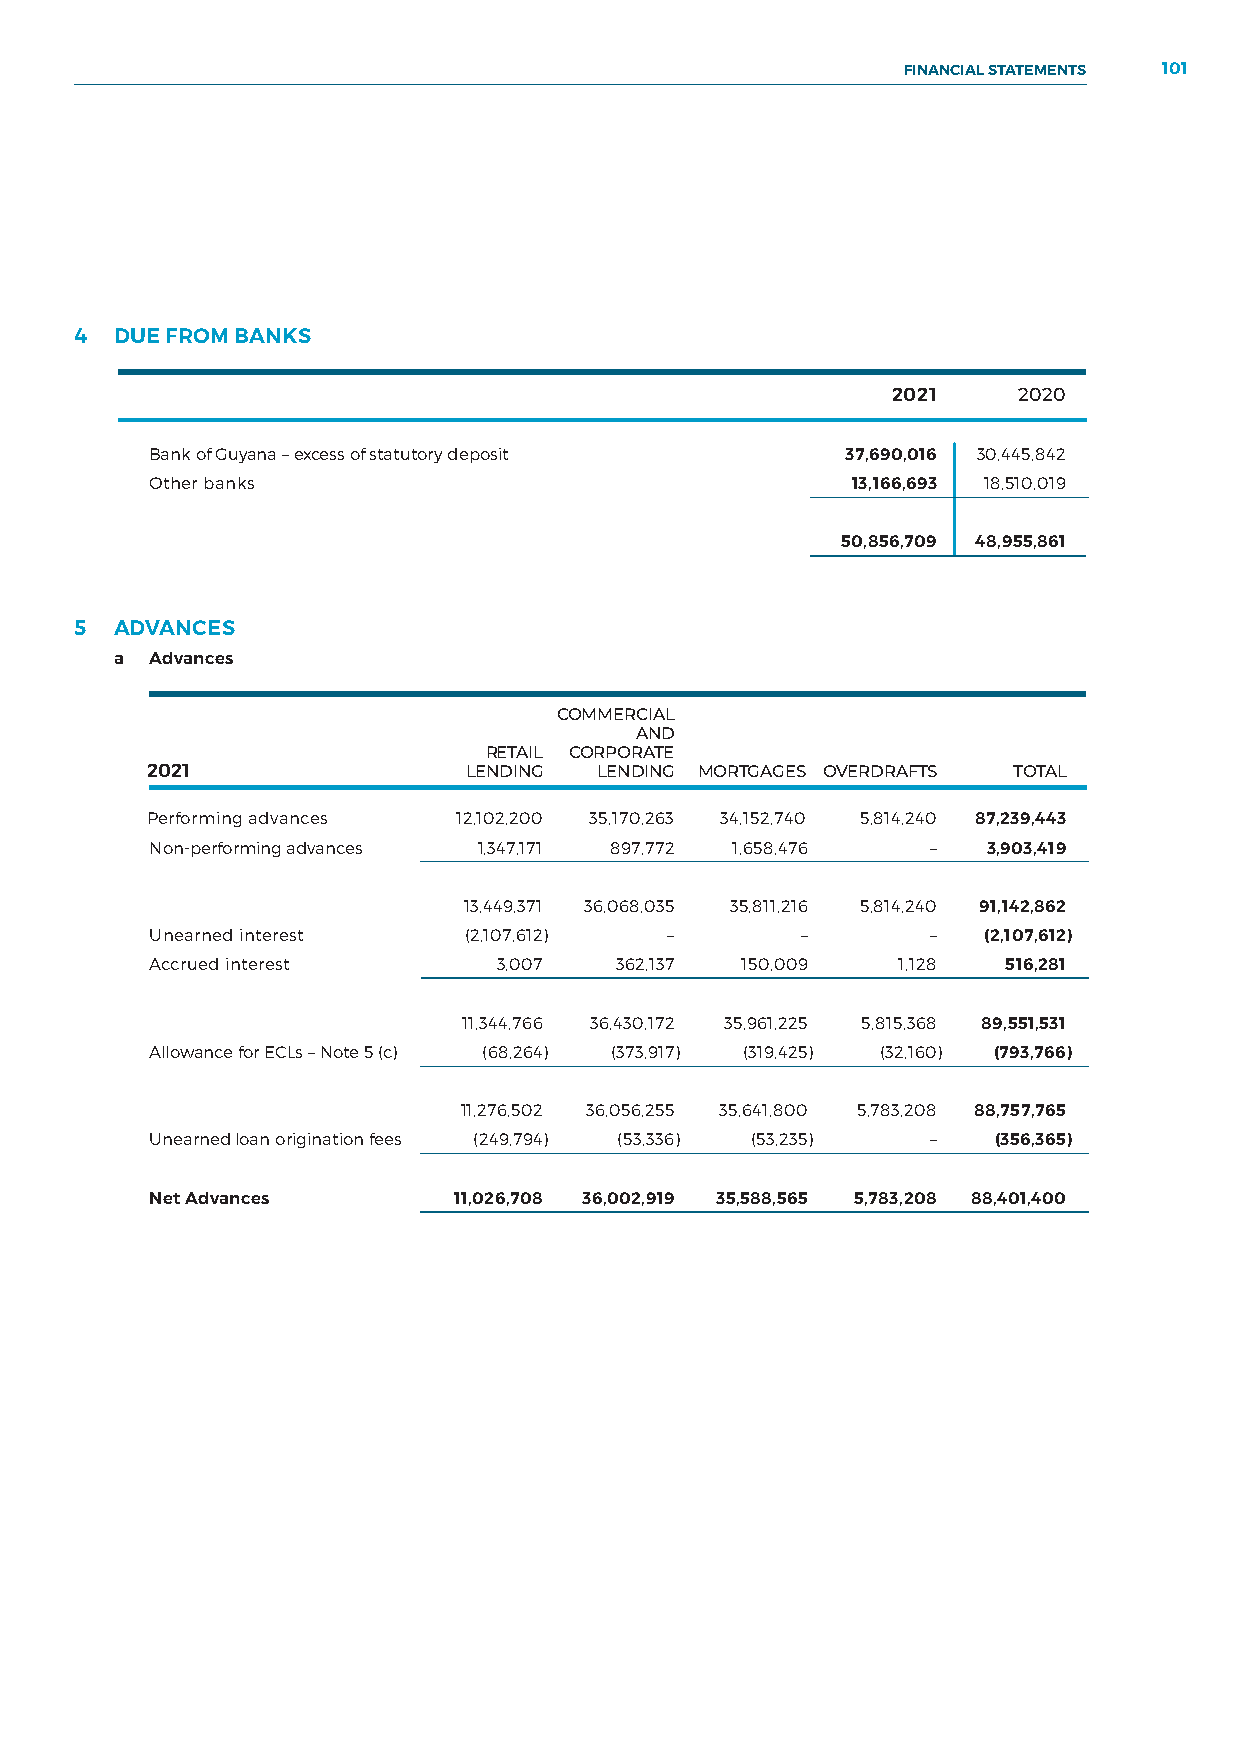
FINANCIAL STATEMENTS 101
 NOTES TO THE FINANCIAL STATEMENTS
 4  DUE FROM BANKS
 2021    2020
 Bank of Guyana – excess of statutory deposit  37,690,016 30,445,842
 Other banks                                   13,166,693 18,510,019
 50,856,709 48,955,861
 5  ADVANCES
 a Advances
 COMMERCIAL
 AND
 RETAIL CORPORATE
 2021                 LENDING  LENDING MORTGAGES OVERDRAFTS TOTAL
 Performing advances 12,102,200 35,170,263 34,152,740 5,814,240 87,239,443
 Non-performing advances 1,347,171 897,772 1,658,476 –  3,903,419
 13,449,371 36,068,035 35,811,216 5,814,240 91,142,862
 Unearned interest    (2,107,612)  –        –        –  (2,107,612)
 Accrued interest       3,007   362,137 150,009    1,128  516,281
 11,344,766 36,430,172 35,961,225 5,815,368 89,551,531
 Allowance for ECLs – Note 5 (c) (68,264) (373,917) (319,425) (32,160) (793,766)
 11,276,502 36,056,255 35,641,800 5,783,208 88,757,765
 Unearned loan origination fees (249,794) (53,336) (53,235) – (356,365)
 Net Advances        11,026,708 36,002,919 35,588,565 5,783,208 88,401,400